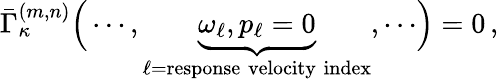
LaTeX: \bar{\Gamma}_{\kappa}^{(m,n)}\Bigr(\cdots,\underbrace{\omega_{\ell},p_{\ell}=0}_{\ell=\mathrm{response\; velocity\; index}},\cdots\Bigr)=0\, ,